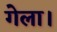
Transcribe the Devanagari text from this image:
गेला।